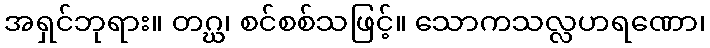
အရှင်ဘုရား။ တဂ္ဃ၊ စင်စစ်သဖြင့်။ သောကသလ္လဟရဏော၊